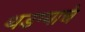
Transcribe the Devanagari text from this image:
थडग्याचे